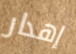
إهدار